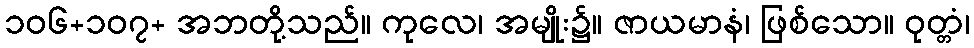
၁၀၆+၁၀၇+ အဘတို့သည်။ ကုလေ၊ အမျိုး၌။ ဇာယမာနံ၊ ဖြစ်သော။ ဝုတ္တံ၊